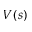
V ( s )